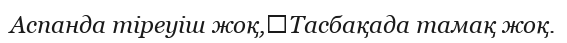
Аспанда тіреуіш жоқ,	Тасбақада тамақ жоқ.